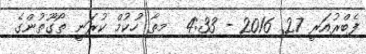
ފެބްރުއަރީ 27